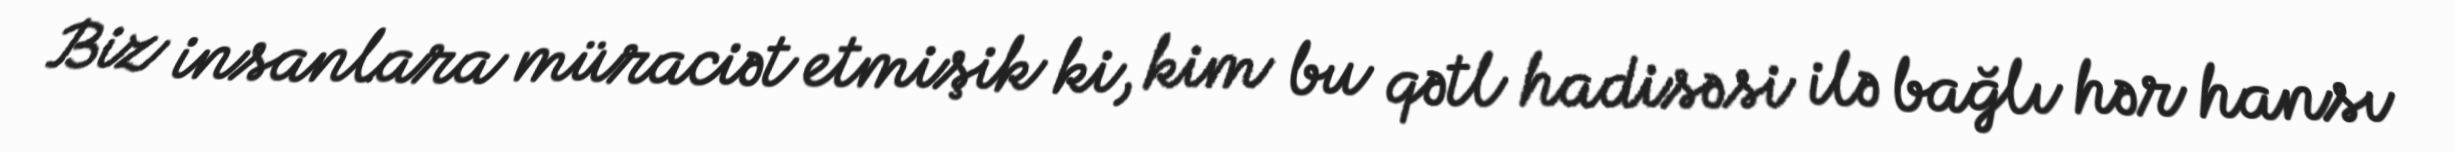
Biz insanlara müraciət etmişik ki, kim bu qətl hadisəsi ilə bağlı hər hansı